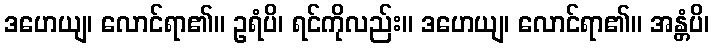
ဒဟေယျ၊ လောင်ရာ၏။ ဥရံပိ၊ ရင်ကိုလည်း။ ဒဟေယျ၊ လောင်ရာ၏။ အန္တံပိ၊